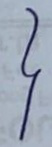
}